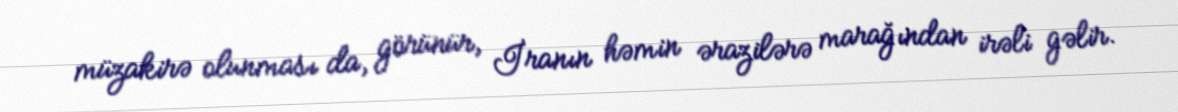
müzakirə olunması da, görünür, İranın həmin ərazilərə marağından irəli gəlir.